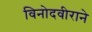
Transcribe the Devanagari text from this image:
विनोदवीराने